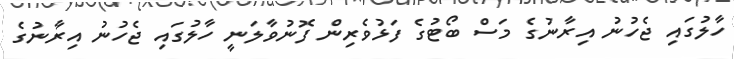
ހާލުގައި ޖެހުނު އިރާނުގެ މަސް ބޯޓުގެ ފަޅުވެރިން ފޮނުވާލަނީ ހާލުގައި ޖެހުނު އިރާނުގެ